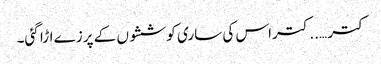
کتر …..کتراس کی ساری کوششوں کے پرزے اڑا گئی۔